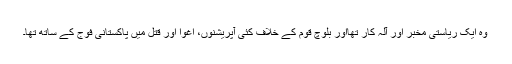
وہ ایک ریاستی مخبر اور آلہ کار تھااور بلوچ قوم کے خلاف کئی آپریشنوں، اغوا اور قتل میں پاکستانی فوج کے ساتھ تھا۔